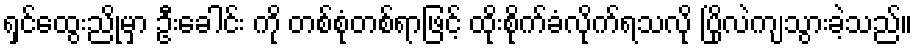
ရှင်ထွေးညိုမှာ ဦးခေါင်း ကို တစ်စုံတစ်ရာဖြင့် ထိုးစိုက်ခံလိုက်ရသလို ပြိုလဲကျသွားခဲ့သည်။